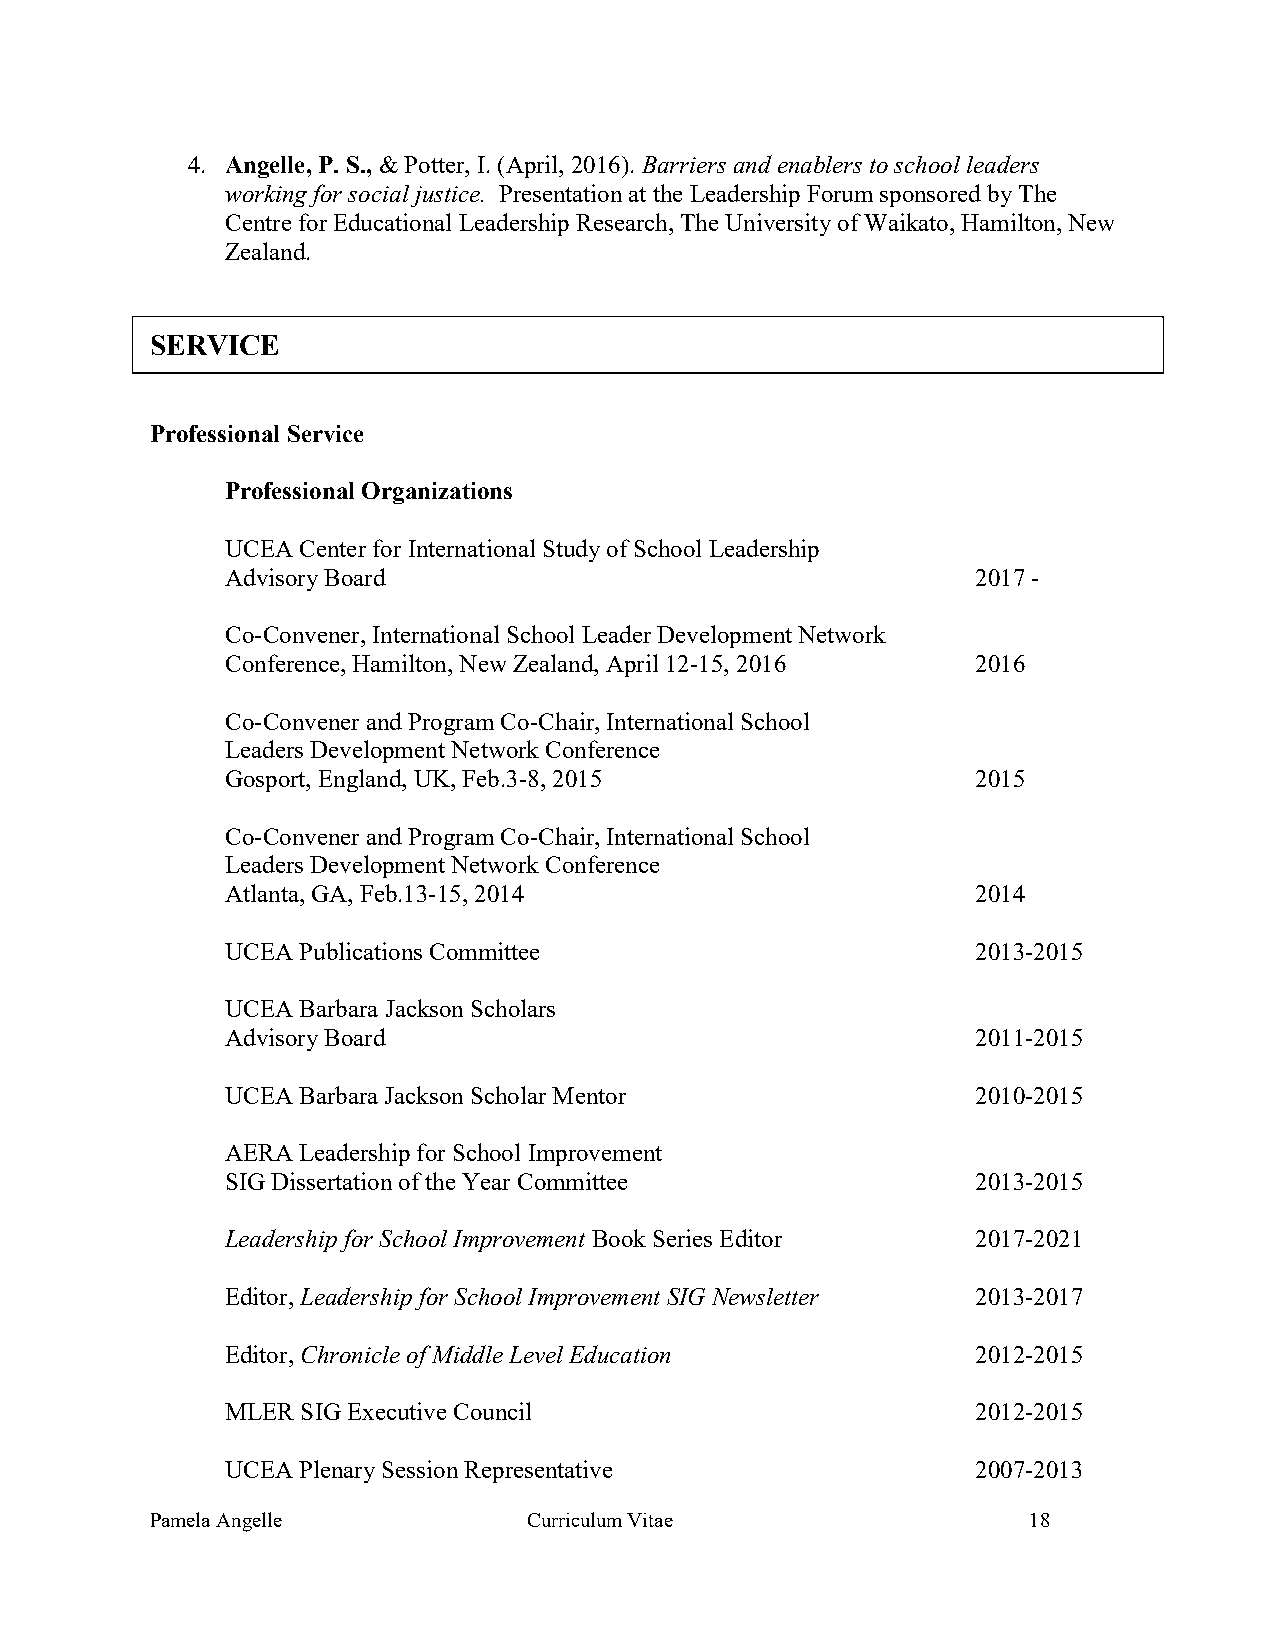
4. Angelle, P. S., & Potter, I. (April, 2016). Barriers and enablers to school leaders
 working for social justice. Presentation at the Leadership Forum sponsored by The
 Centre for Educational Leadership Research, The University of Waikato, Hamilton, New
 Zealand.
 SERVICE
 Professional Service
 Professional Organizations
 UCEA Center for International Study of School Leadership
 Advisory Board                                    2017 -
 Co-Convener, International School Leader Development Network
 Conference, Hamilton, New Zealand, April 12-15, 2016 2016
 Co-Convener and Program Co-Chair, International School
 Leaders Development Network Conference
 Gosport, England, UK, Feb.3-8, 2015               2015
 Co-Convener and Program Co-Chair, International School
 Leaders Development Network Conference
 Atlanta, GA, Feb.13-15, 2014                      2014
 UCEA Publications Committee                       2013-2015
 UCEA Barbara Jackson Scholars
 Advisory Board                                    2011-2015
 UCEA Barbara Jackson Scholar Mentor               2010-2015
 AERA Leadership for School Improvement
 SIG Dissertation of the Year Committee            2013-2015
 Leadership for School Improvement Book Series Editor 2017-2021
 Editor, Leadership for School Improvement SIG Newsletter 2013-2017
 Editor, Chronicle of Middle Level Education       2012-2015
 MLER SIG Executive Council                        2012-2015
 UCEA Plenary Session Representative               2007-2013
 Pamela Angelle           Curriculum Vitae                 18